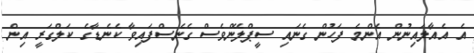
އެ އެއާލައިނުން އެންމެ ފަހުން ގެނައި ސީޕްލޭންވެސް ގެނެސްފައިވާ ކެނެޑާގެ ކަލްގަރީ އިން